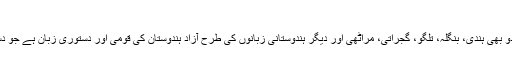
آز: ڈاکٹر سید ابوذر کمال الدین
یہ آفتاب کی طرح روشن حقیقت ہے کہ اردو بھی ہندی، بنگلہ، تلگو، گجراتی، مراٹھی اور دیگر ہندوستانی زبانوں کی طرح آزاد ہندوستان کی قومی اور دستوری زبان ہے جو دستورِ ہند کی آٹھویں شیڈول میں موجود ہے۔